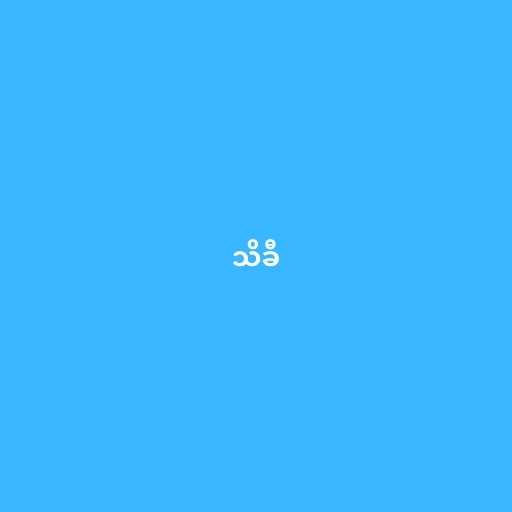
သိခီ